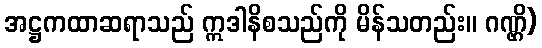
အဋ္ဌကထာဆရာသည် ဣဒါနိစသည်ကို မိန်သတည်း။ ဂဏ္ဌိ)